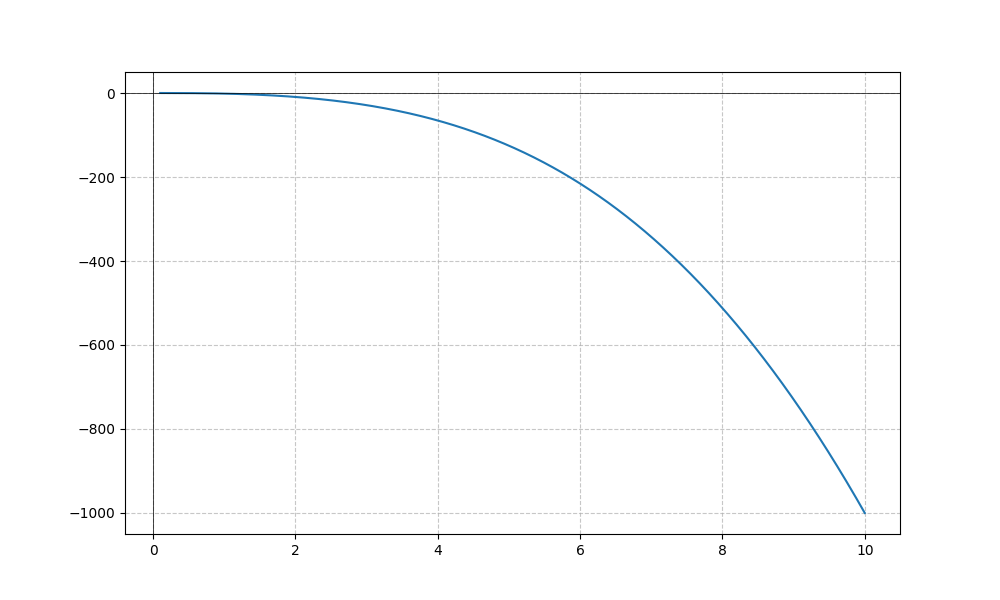
LaTeX formula: - x^{3} + \cos{\left(x \right)}